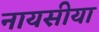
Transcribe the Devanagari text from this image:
नायसीया